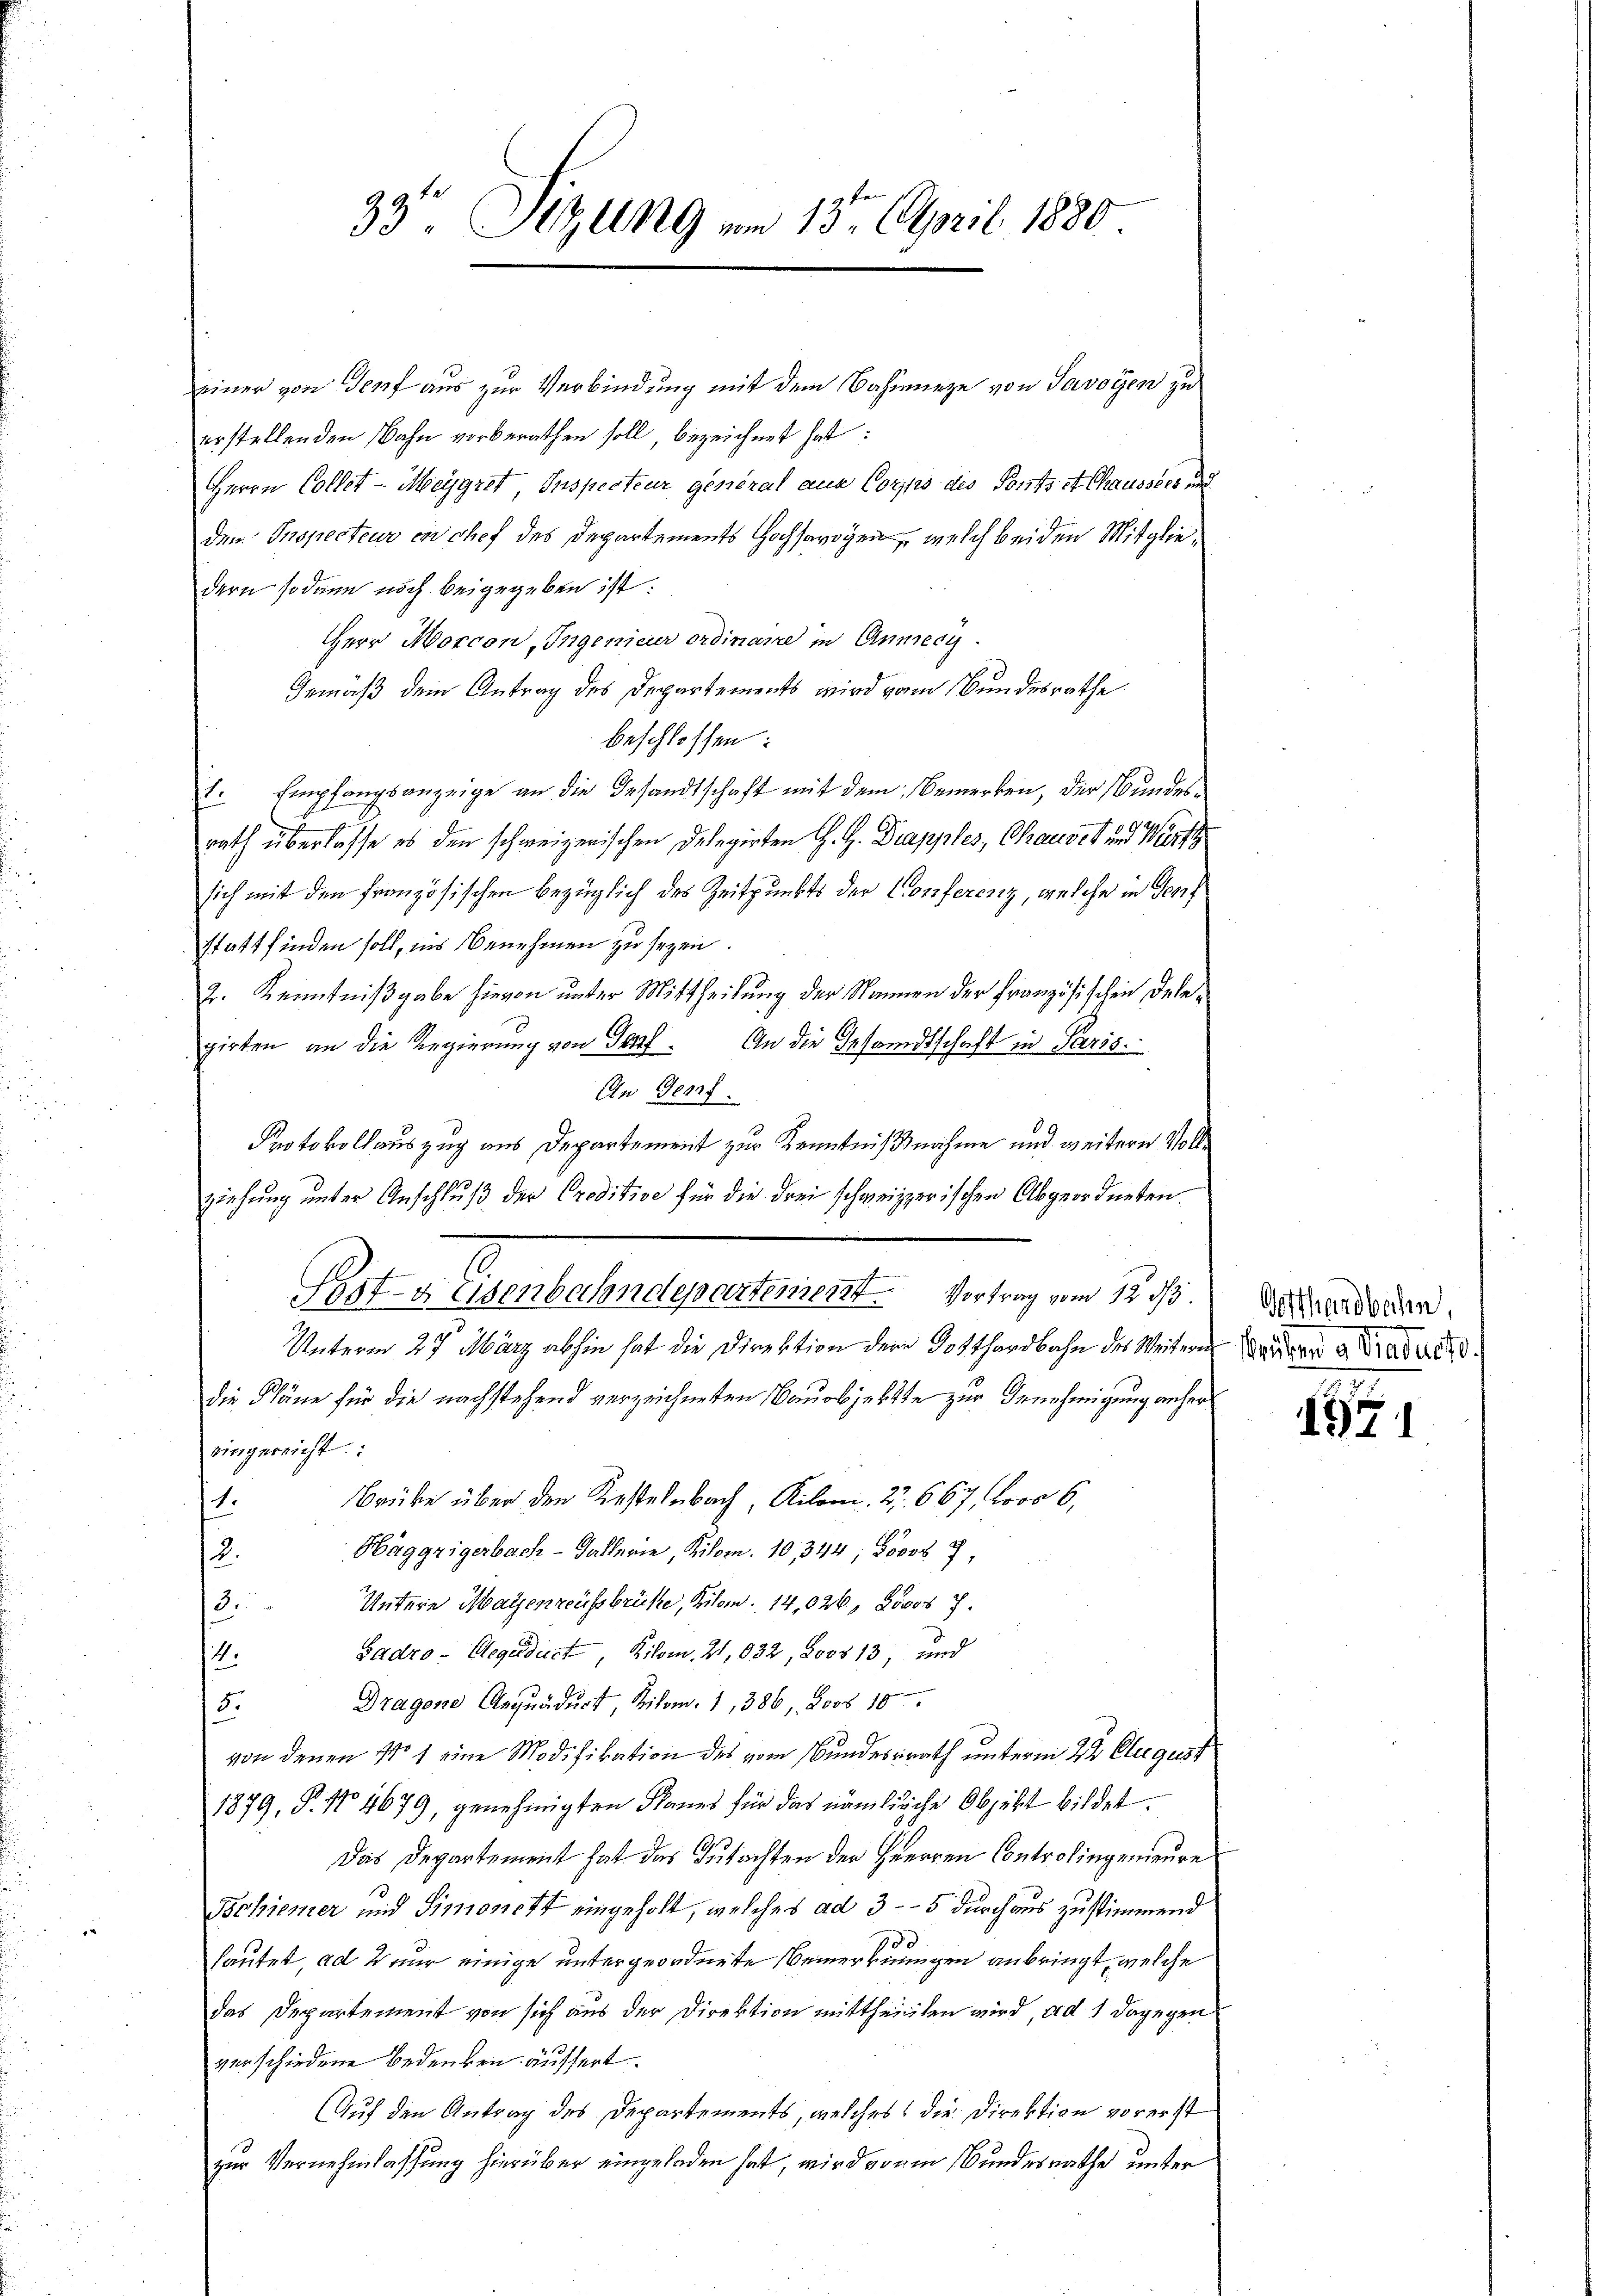
33te Sitzung um 13ten April 1880

einer von Genf aus zur Verbindung mit dem Bahnneze von Savoyen zu
erstellenden Bahn vorberathen soll, bezeichnet hat:
Herrn Collet-Meygret, Inspecteur general aus Corps des Ponts et Chausses und
dem Inspecteur en chef des Departements Hochsagen, welch beiden Mitgliedern sodann noch beigegeben ist.
HHerr Morcon, Ingenieur ordinare in Anmery
Gemäß dem Antrag des Departements wird vom Bundesrathe
beschlossen:
. Empfangsanzeige an die Gesandtschaft mit dem Bemerken, der Bundesrath überlasse es den schweizerischen Delegirten G. H. Drapples, Chauses und Werth
sich mit den französischen bezüglich des Zeitpunkts der Conferenz, welche in Genf
statt finden soll, ins Benehmen zu sezen.
2. Kenntnißgabe hievon unter Mittheilung der Nonnen der Französischen Delepirten an die Regierung von Genf. An die Gesandtschaft in Paris.
An Genf.
Protokollauszug aus Departement zur Kenntnißnahme und weitere Vollziehung unter Anschluß der Creditive für die drei schweizerischen Abgeordneten.
Unterm 27. März abhin hat die Direktion der Gotthardbahn des Weitern
die Pläne für die nachstehend verzeichneten Bauobjekte zur Genehmigung anhereingereicht
Brüke über den Kirstelbach, Kilom. 27. 667. Loos 6,
1.
Häggzigerbach - Gallerie Kilom. 10, 344; Sooos 7,
2.
Untere Maienreussbrücke, Kilom. 14,026, Loses 7.
13.
Sadro-Segudust, Kilom. 21, 632, Loos 13, und
4.
Dragene Aequädurt, Kilom. 1, 386, Loos 10
5.
von denen No 1 eine Modifikation des vom Bundesrath unterm 22 Clegust
1879, P. No 4679, genehmigten Planes für das nämliche Objekt bildet.
Das Departement hat das Gutachten der Herren Controlingenieure
Schiener und Simonett eingeholt, welches ad 3-5 durchaus zustimmend
100
hautet, ad 2 nur einige untergeordnete Bemerkungen anbringt, welche
das Departement von sich aus der Direktion mittheilten wird, ad 1 dagegen
verschiedene Bedenken äussert.
Auf den Antrag des Departements, welches die Direktion vorerst
zur Vernehmlassung hierüber eingeladen hat, wird von in Bundesrathe unter

Pestzusenbahndeparteniert. Vortrag vom 12. ds.

Gotthardbachen,
Beiden a. Daducso.

1